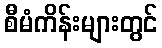
စီမံကိန်းများတွင်